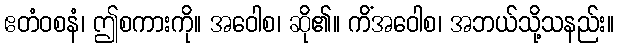
ဧတံဝစနံ၊ ဤစကားကို။ အဝေါစ၊ ဆို၏။ ကိံအဝေါစ၊ အဘယ်သို့သနည်း။